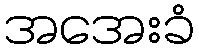
အအေးခံ